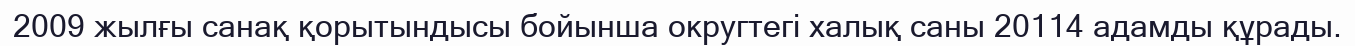
2009 жылғы санақ қорытындысы бойынша округтегі халық саны 20114 адамды құрады.